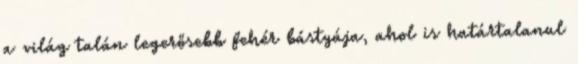
a világ talán legerősebb fehér bástyája, ahol is határtalanul